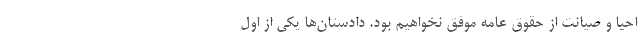
احیا و صیانت از حقوق عامه موفق نخواهیم بود. دادستان‌ها یکی از اول